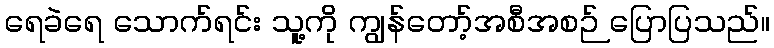
ရေခဲရေ သောက်ရင်း သူ့ကို ကျွန်တော့်အစီအစဉ် ပြောပြသည်။